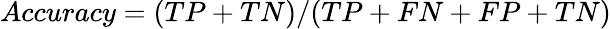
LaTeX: Accuracy=(TP+TN)/(TP+FN+FP+TN)